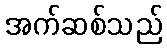
အက်ဆစ်သည်